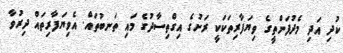
ކުދި އަދި މެދުފަންތީގެ ވިޔަފާރިތަކަކީ ރަށުގެ އިގްތިސާދުގެ މައި ތަނބުތައް. އެވިޔަފާރިތައް ދިރުވާ